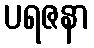
ပရဇနာ